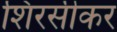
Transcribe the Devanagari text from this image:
शिरसीकर